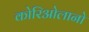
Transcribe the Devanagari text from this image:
कोरिओलानो